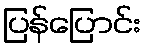
ပြန်ပြောင်း